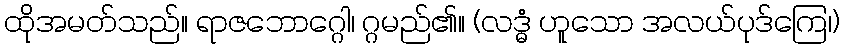
ထိုအမတ်သည်။ ရာဇဘောဂ္ဂေါ၊ ဂ္ဂမည်၏။ (လဒ္ဓံ ဟူသော အလယ်ပုဒ်ကြေ၊)